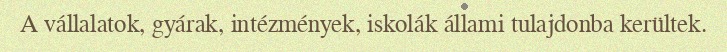
A vállalatok, gyárak, intézmények, iskolák állami tulajdonba kerültek.